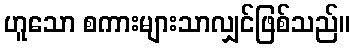
ဟူသော စကားများသာလျှင်ဖြစ်သည်။